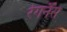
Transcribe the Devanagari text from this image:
रेगनैंस